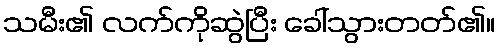
သမီး၏ လက်ကိုဆွဲပြီး ခေါ်သွားတတ်၏။